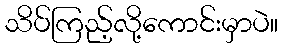
သိပ်ကြည့်လို့ကောင်းမှာပဲ။